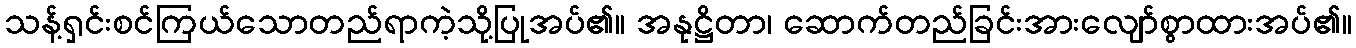
သန့်ရှင်းစင်ကြယ်သောတည်ရာကဲ့သို့ပြုအပ်၏။ အနုဋ္ဌိတာ၊ ဆောက်တည်ခြင်းအားလျော်စွာထားအပ်၏။